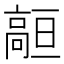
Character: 𱅻